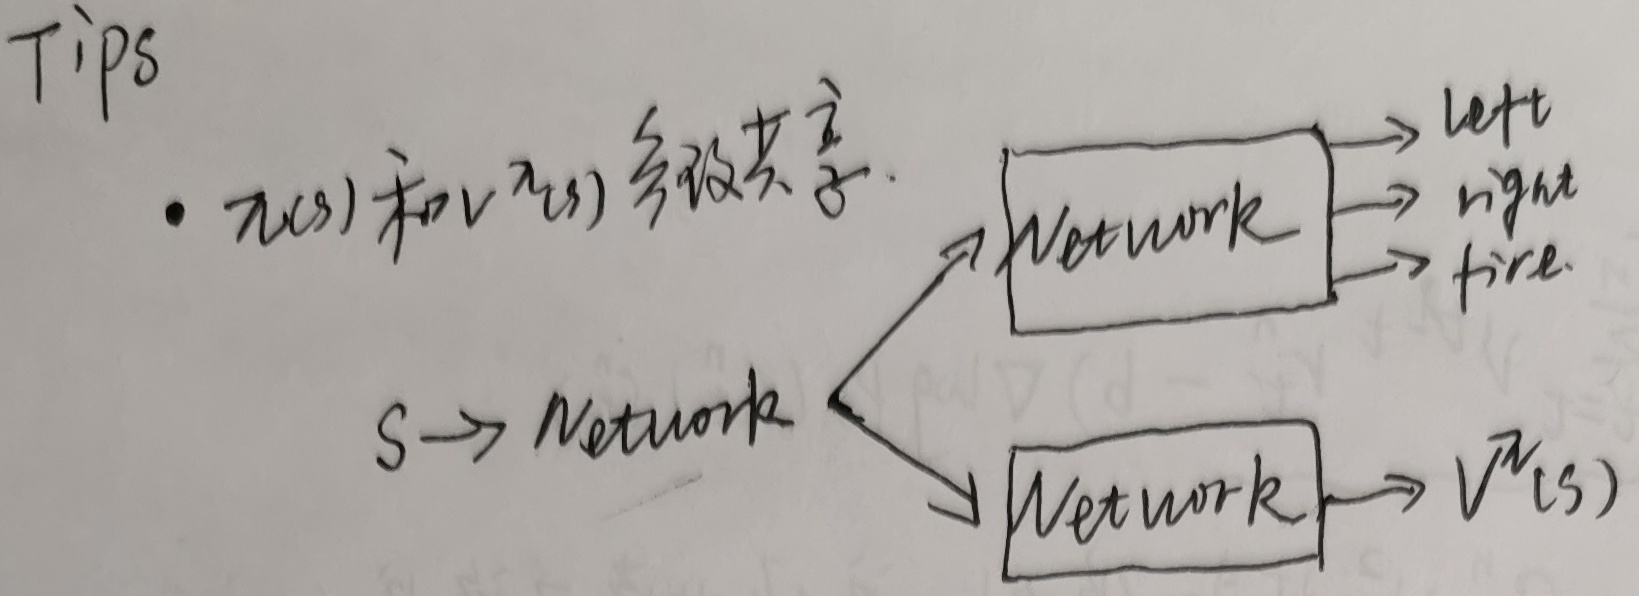
Tips - $\pi(s)$和$V^{\pi}(s)$参数共享。$S \rightarrow$ Network
\[
\begin{matrix}
\text{Network} &\rightarrow& \text{left} \\
&\rightarrow& \text{right} \\
&\rightarrow& \text{fire}
\end{matrix}
\quad
\begin{matrix}
\text{Network} &\rightarrow& V^{\pi}(s)
\end{matrix}
\]